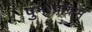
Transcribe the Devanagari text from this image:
पुनःप्रोग्राम